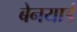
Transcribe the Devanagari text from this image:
बेनयार्ड